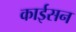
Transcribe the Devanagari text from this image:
काईसन